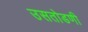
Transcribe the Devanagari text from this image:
उसतोडणी